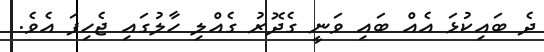
ދެ ބައިކުޅަ އެއް ބައި ވަނީ ގެދޮރު ގެއްލި ހާލުގައި ޖެހިފަ އެވެ.